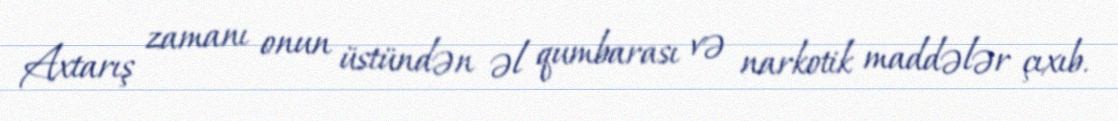
Axtarış zamanı onun üstündən əl qumbarası və narkotik maddələr çıxıb.